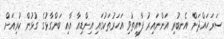
ސަރަހައްދަށް އެނބުރި އަންނައިރު ފާއިތުވި އަހަރުތަކުގައި އިންޑިއާ އާއި ބަންގާޅުގެ ގުޅުން ކުރިއަށް